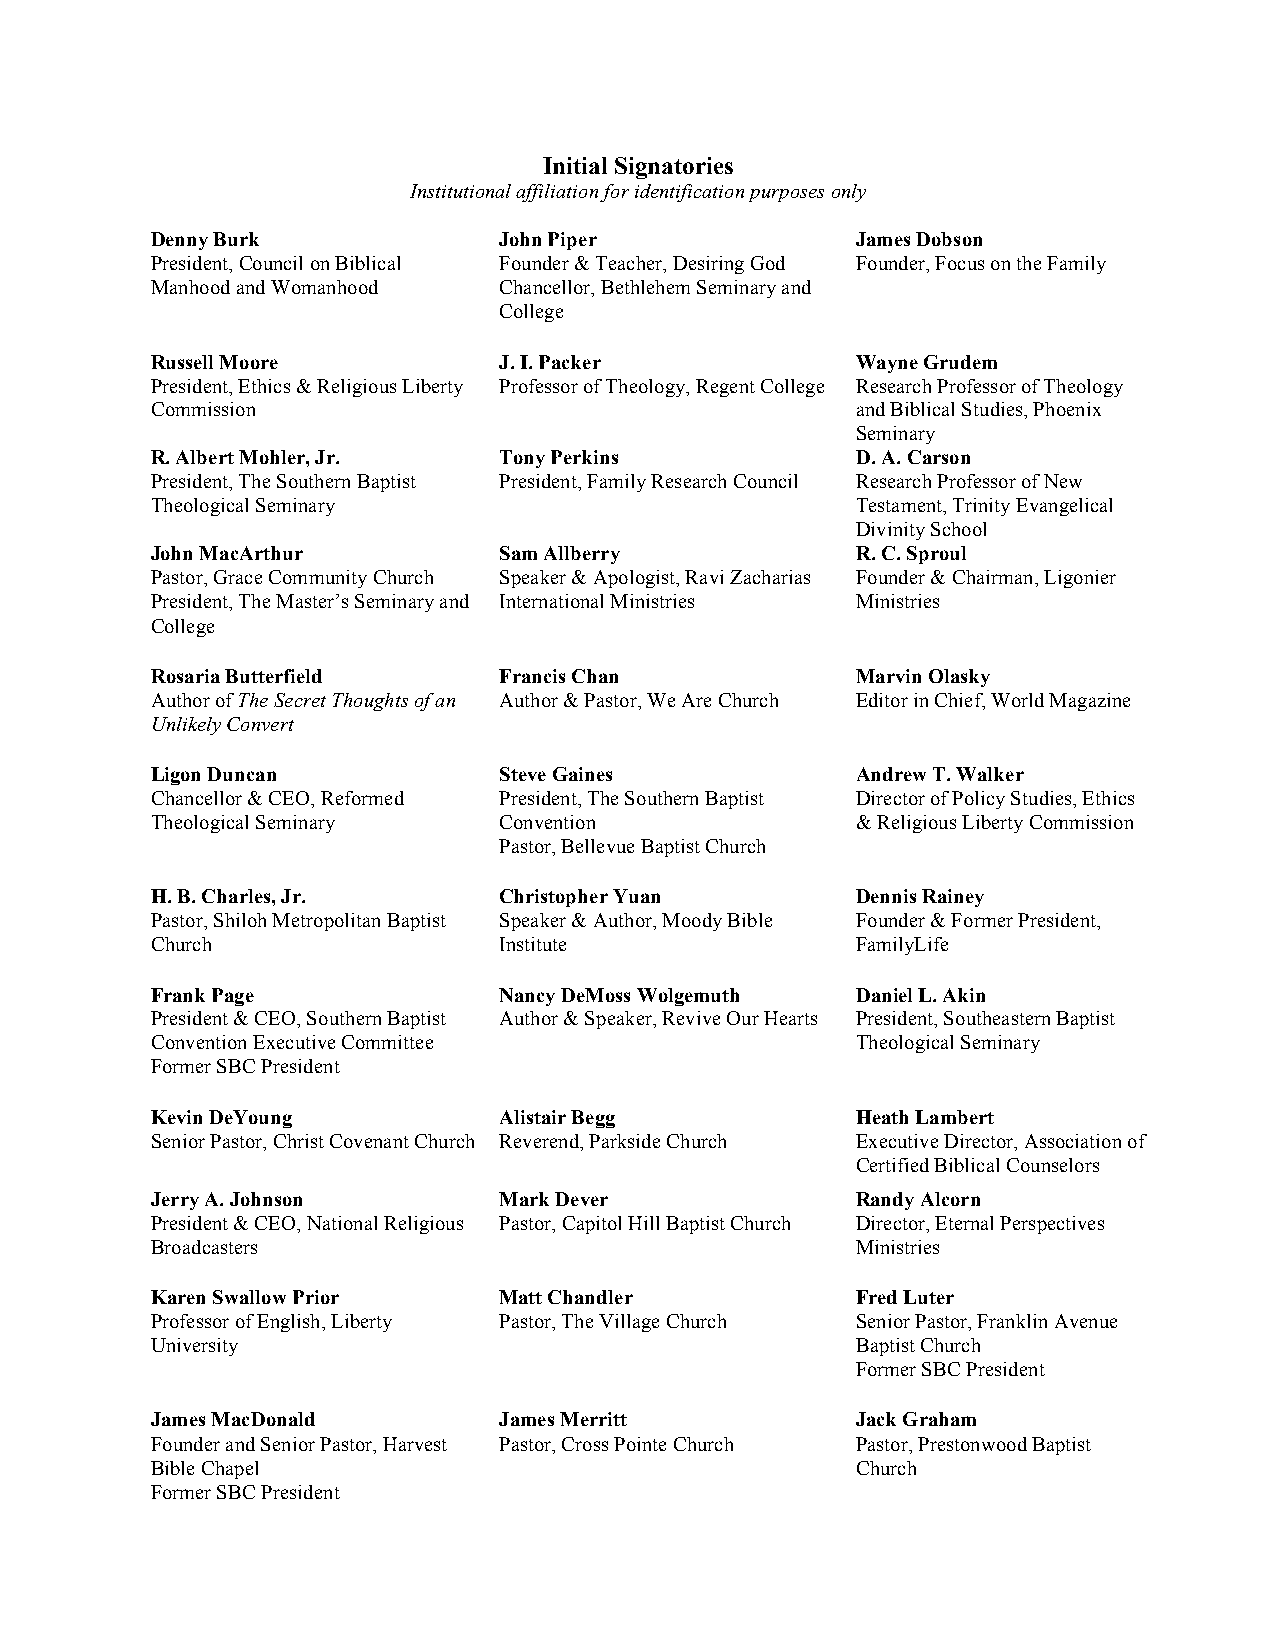
Initial Signatories
 Institutional affiliation for identification purposes only
 Denny Burk             John Piper              James Dobson
 President, Council on Biblical Founder & Teacher, Desiring God Founder, Focus on the Family
 Manhood and Womanhood  Chancellor, Bethlehem Seminary and
 College
 Russell Moore          J. I. Packer            Wayne Grudem
 President, Ethics & Religious Liberty Professor of Theology, Regent College Research Professor of Theology
 Commission                                     and Biblical Studies, Phoenix
 Seminary
 R. Albert Mohler, Jr.  Tony Perkins            D. A. Carson
 President, The Southern Baptist President, Family Research Council Research Professor of New
 Theological Seminary                           Testament, Trinity Evangelical
 Divinity School
 John MacArthur         Sam Allberry            R. C. Sproul
 Pastor, Grace Community Church Speaker & Apologist, Ravi Zacharias Founder & Chairman, Ligonier
 President, The Master’s Seminary and International Ministries Ministries
 College
 Rosaria Butterfield    Francis Chan            Marvin Olasky
 Author of The Secret Thoughts of an Author & Pastor, We Are Church Editor in Chief, World Magazine
 Unlikely Convert
 Ligon Duncan           Steve Gaines            Andrew T. Walker
 Chancellor & CEO, Reformed President, The Southern Baptist Director of Policy Studies, Ethics
 Theological Seminary   Convention              & Religious Liberty Commission
 Pastor, Bellevue Baptist Church
 H. B. Charles, Jr.     Christopher Yuan        Dennis Rainey
 Pastor, Shiloh Metropolitan Baptist Speaker & Author, Moody Bible Founder & Former President,
 Church                 Institute               FamilyLife
 Frank Page             Nancy DeMoss Wolgemuth  Daniel L. Akin
 President & CEO, Southern Baptist Author & Speaker, Revive Our Hearts President, Southeastern Baptist
 Convention Executive Committee                 Theological Seminary
 Former SBC President
 Kevin DeYoung          Alistair Begg           Heath Lambert
 Senior Pastor, Christ Covenant Church Reverend, Parkside Church Executive Director, Association of
 Certified Biblical Counselors
 Jerry A. Johnson       Mark Dever              Randy Alcorn
 President & CEO, National Religious Pastor, Capitol Hill Baptist Church Director, Eternal Perspectives
 Broadcasters                                   Ministries
 Karen Swallow Prior    Matt Chandler           Fred Luter
 Professor of English, Liberty Pastor, The Village Church Senior Pastor, Franklin Avenue
 University                                     Baptist Church
 Former SBC President
 James MacDonald        James Merritt           Jack Graham
 Founder and Senior Pastor, Harvest Pastor, Cross Pointe Church Pastor, Prestonwood Baptist
 Bible Chapel                                   Church
 Former SBC President